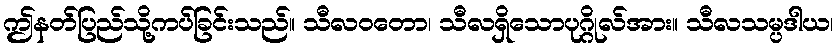
ဤနတ်ပြည်သို့ကပ်ခြင်းသည်။ သီလဝတော၊ သီလရှိသောပုဂ္ဂိုလ်အား။ သီလသမ္ပဒါယ၊